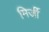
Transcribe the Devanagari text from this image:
मिर्जी